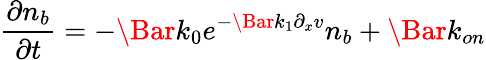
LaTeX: \frac{\partial n_{b}}{\partial t}=-\Bar{k}_{0}e^{-\Bar{k}_{1}\partial_{x}v}n_{b}+\Bar{k}_{on}